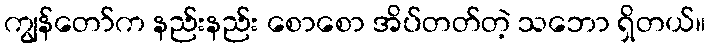
ကျွန်တော်က နည်းနည်း စောစော အိပ်တတ်တဲ့ သဘော ရှိတယ်။